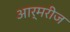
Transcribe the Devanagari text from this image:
आर्मरीज